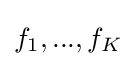
f_{1},...,f_{K}